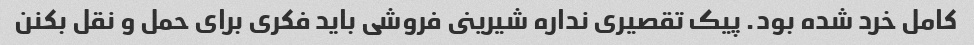
کامل خرد شده بود. پیک تقصیرى نداره شیرینى فروشی باید فکرى براى حمل و نقل بکنن